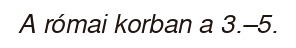
A római korban a 3.–5.